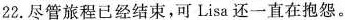
22.尽管旅程已经结束,可 Lisa 还一直在抱怨。